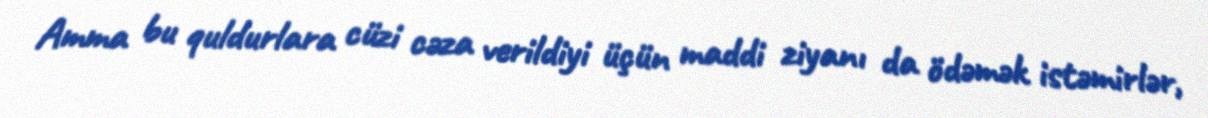
Amma bu quldurlara cüzi cəza verildiyi üçün maddi ziyanı da ödəmək istəmirlər,